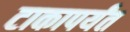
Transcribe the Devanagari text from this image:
टाकापर्यंत